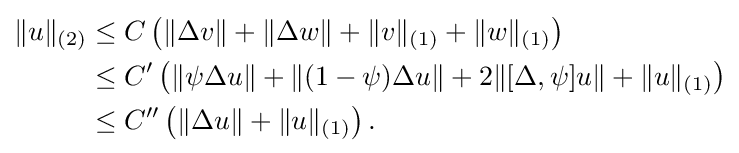
{\begin{aligned}\|u\|_{(2)}&\leq C\left(\|\Delta v\|+\|\Delta w\|+\|v\|_{(1)}+\|w\|_{(1)}\right)\\&\leq C^{\prime }\left(\|\psi \Delta u\|+\|(1-\psi )\Delta u\|+2\|[\Delta ,\psi ]u\|+\|u\|_{(1)}\right)\\&\leq C^{\prime \prime }\left(\|\Delta u\|+\|u\|_{(1)}\right).\end{aligned}}